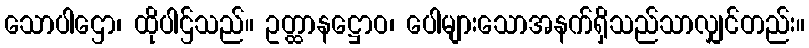
သောပါဌော၊ ထိုပါဌ်သည်။ ဥတ္ထာနဋ္ဌောဝ၊ ပေါများသောအနက်ရှိသည်သာလျှင်တည်း။